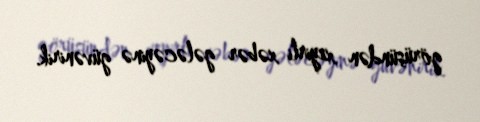
görüşündən xeyirli xəbər gələcəyinə güvənirik.